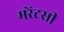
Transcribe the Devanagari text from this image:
मरेंटसी